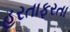
હરતાફરતા